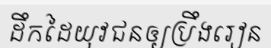
ដឹកដៃយុវជនឲ្យប្រឹងរៀន